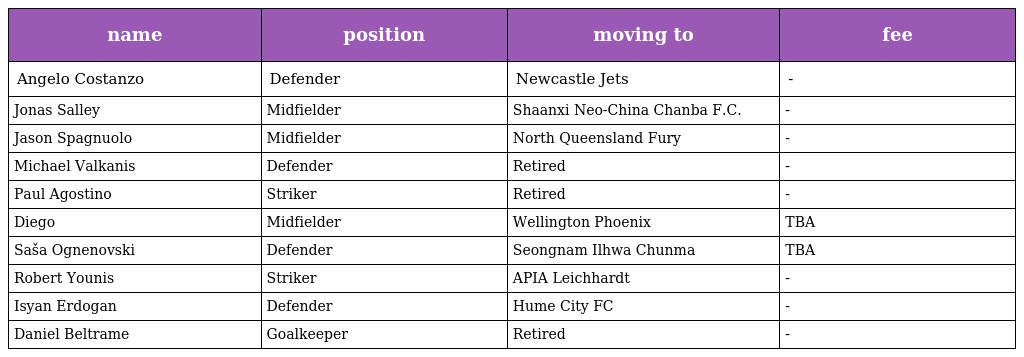
| name | position | moving to | fee |
 | --- | --- | --- | --- |
 | Angelo Costanzo | Defender | Newcastle Jets | - |
 | Jonas Salley | Midfielder | Shaanxi Neo-China Chanba F.C. | - |
 | Jason Spagnuolo | Midfielder | North Queensland Fury | - |
 | Michael Valkanis | Defender | Retired | - |
 | Paul Agostino | Striker | Retired | - |
 | Diego | Midfielder | Wellington Phoenix | TBA |
 | Saša Ognenovski | Defender | Seongnam Ilhwa Chunma | TBA |
 | Robert Younis | Striker | APIA Leichhardt | - |
 | Isyan Erdogan | Defender | Hume City FC | - |
 | Daniel Beltrame | Goalkeeper | Retired | - |